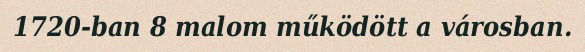
1720-ban 8 malom működött a városban.